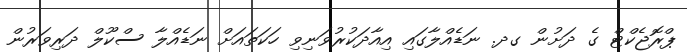
ޕްރޮޖެކްޓް ގެ ދަށުން ގދ. ނަޑެއްލާގައި އިއާދަކުރުވަނިވި ހަކަތައަށް ނަޑެއްލާ ސްކޫލް ދަރިވަރުން